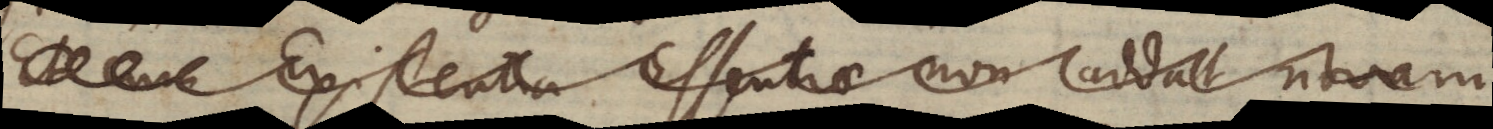
Et cum Existentia Essentiae non addat novam